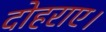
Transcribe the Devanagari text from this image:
दोहराए।